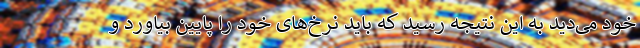
خود می‌دید به این نتیجه رسید که باید نرخ‌های خود را پایین بیاورد و